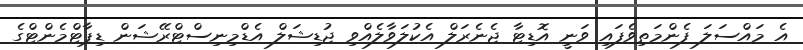
އެ މައްސަލަ ފެންމަތިވެފައި ވަނީ އޮޑިޓާ ޖެނެރަލް އެކުލަވާލެއްވި ޖުޑިޝަލް އެޑްމިނިސްޓްރޭޝަން ޑިޕާޓްމެންޓްގެ